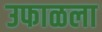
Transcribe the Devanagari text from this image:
उफाळला